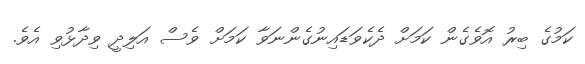
ކަމުގެ ބިރު އޮވެގެން ކަމަށް ދެކެވަޑައިނުގެންނަވާ ކަމަށް ވެސް އަލިދީ ވިދާޅުވި އެވެ.